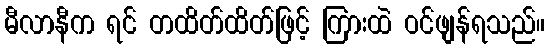
မီလာနီက ရင် တထိတ်ထိတ်ဖြင့် ကြားထဲ ဝင်ဖျန်ရသည်။